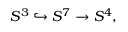
S ^ { 3 } \hookrightarrow S ^ { 7 } \to S ^ { 4 } ,